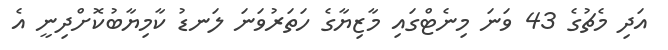
އަދި މެޗުގެ 43 ވަނަ މިނެޓްގައި މާޒިޔާގެ ހަތަރުވަނަ ލަނޑު ކާމިޔާބުކޮށްދިނީ އެ